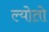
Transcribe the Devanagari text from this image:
ल्योतो